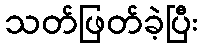
သတ်ဖြတ်ခဲ့ပြီး